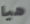
هيا